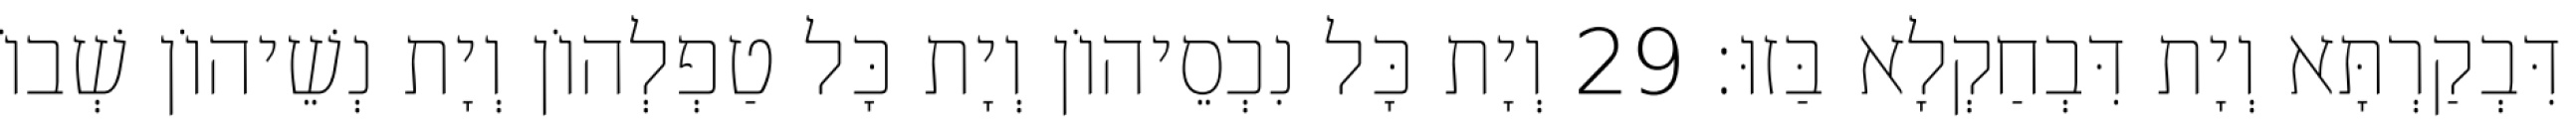
דִּבְקַרְתָּא וְיָת דִּבְחַקְלָא בַּזוּ׃ 29 וְיָת כָּל נִכְסֵיהוֹן וְיָת כָּל טַפְלְהוֹן וְיָת נְשֵׁיהוֹן שְׁבוֹ